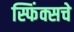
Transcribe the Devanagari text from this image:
स्फिंक्सचे